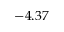
- 4 . 3 7